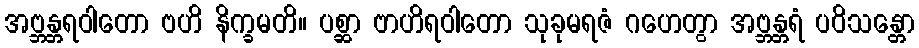
အဗ္ဘန္တရဝါတော ဗဟိ နိက္ခမတိ။ ပစ္ဆာ ဗာဟိရဝါတော သုခုမရဇံ ဂဟေတွာ အဗ္ဘန္တရံ ပဝိသန္တော